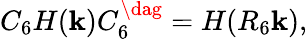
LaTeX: C_{6}H(\mathbf{k})C_{6}^{\dag}=H(R_{6}\mathbf{k}),